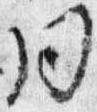
同